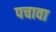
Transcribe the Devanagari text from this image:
पचावा